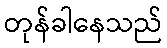
တုန်ခါနေသည်